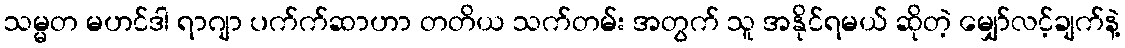
သမ္မတ မဟင်ဒါ ရာဂျာ ပက်က်ဆာဟာ တတိယ သက်တမ်း အတွက် သူ အနိုင်ရမယ် ဆိုတဲ့ မျှော်လင့်ချက်နဲ့